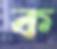
ক